Report of the veterinary officer investigating camel disease
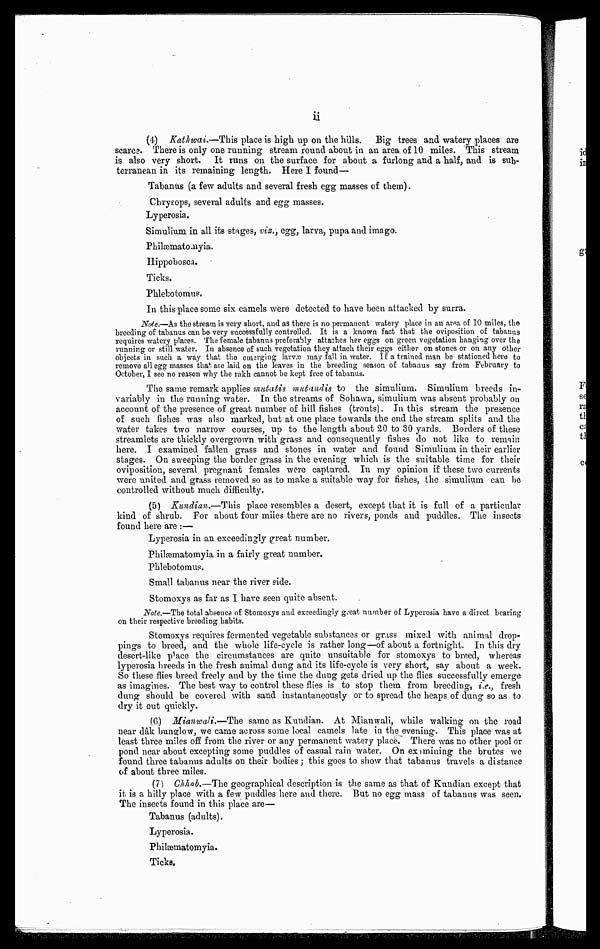
ii
(4) Kathwai.—This place is high up on the hills. Big trees and watery places are
scarce. There is only one running stream round about in an area of 10 miles. This stream
is also very short. It runs on the surface for about a furlong and a half, and is sub-
terranean in its remaining length. Here I found—
Tabanus (a few adults and several fresh egg masses of them).
Chrysops, several adults and egg masses.
Lyperosia.
Simulium in all its stages, viz., egg, larva, pupa and imago.
Philæmatoinyia.
Hippobosca.
Ticks.
Phlebotomus.
In this place some six camels were detected to have been attacked by surra.
Note.—As the stream is very short, and as there is no permanent watery place in an area of 10 miles, the
breeding of tabanus can be very successfully controlled. It is a known fact that the oviposition of tabanus
requires watery places. The female tabanus preferably attaches her eggs on green vegetation hanging over the
running or still water. In absence of such vegetation they attach their eggs either on stones or on any other
objects in such a way that the emerging larvæ may fall in water. If a trained man be stationed here to
remove all egg masses that are laid on the leaves in the breeding season of tabanus say from February to
October- I see no reason why the rakh cannot be kept free of tabanus.
The same remark applies mutatis mutandis to the simulium. Simulium breeds in-
variably in the running water. In the streams of Sohawa, simulium was absent probably on
account of the presence of great number of hill fishes (trouts). In this stream the presence
of such fishes was also marked, but at one place towards the end the stream splits and the
water takes two narrow courses, up to the length about 20 to 30 yards. Borders of these
streamlets are thickly overgrown with grass and consequently fishes do not like to remain
here. I examined fallen grass and stones in water and found Simulium in their earlier
stages. On sweeping the border grass in the evening which is the suitable time for their
oviposition, several pregnant females were captured. In my opinion if these two currents
were united and grass removed so as to make a suitable way for fishes, the simulium can be
controlled without much difficulty.
(5) Kundian.—This place resembles a desert, except that it is full of a particular
kind of shrub. For about four miles there are no rivers, ponds and puddles. The insects
found here are :—
Lyperosia in an exceedingly great number.
Philæmatomyia in a fairly great number.
Phlebotomus.
Small tabanus near the river side.
Stomoxys as far as I have seen quite absent.
Note.—The total absence of Stomoxys and exceedingly great number of Lyperosia have a direct bearing
on their respective breeding habits.
Stomoxys requires fermented vegetable substances or grass mixed with animal drop-
pings to breed, and the whole life-cycle is rather long—of about a fortnight. In this dry
desert-like place the circumstances are quite unsuitable for stomoxys to breed, whereas
lyperosia breeds in the fresh animal dung and its life-cycle is very short, say about a week.
So these flies breed freely and by the time the dung gets dried up the flies successfully emerge
as imagines. The best way to control these flies is to stop them from breeding, i.e., fresh
dung should be covered with sand instantaneously or to spread the heaps of dung so as to
dry it out quickly.
(6) Mianwali.—The same as Kundian. At Mianwali, while walking on the road
near dak bunglow, we came across some local camels late in the evening. This place was at
least three miles off from the river or any permanent watery place. There was no other pool or
pond near about excepting some puddles of casual rain water. On eximining the brutes we
found three tabanus adults on their bodies; this goes to show that tabanus travels a distance
of about three miles.
(7) Chhab.—The geographical description is the same as that of Kundian except that
it is a hilly place with a few puddles here and there. But no egg mass of tabanus was seen.
The insects found in this place are—
Tabanus (adults).
Lyperosia.
Philæmatomyia.
Ticks.